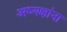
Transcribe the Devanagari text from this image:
अध्यक्षांना